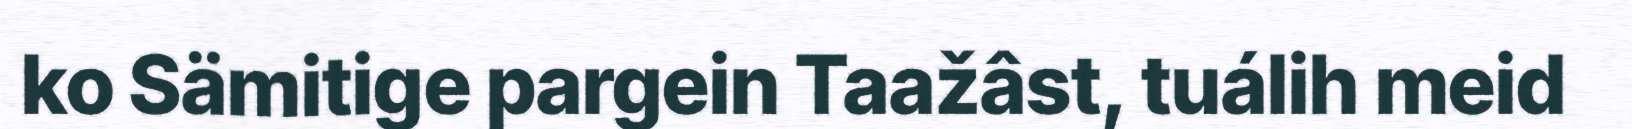
ko Sämitige pargein Taažâst, tuálih meid